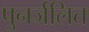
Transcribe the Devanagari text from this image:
पुनर्जलित